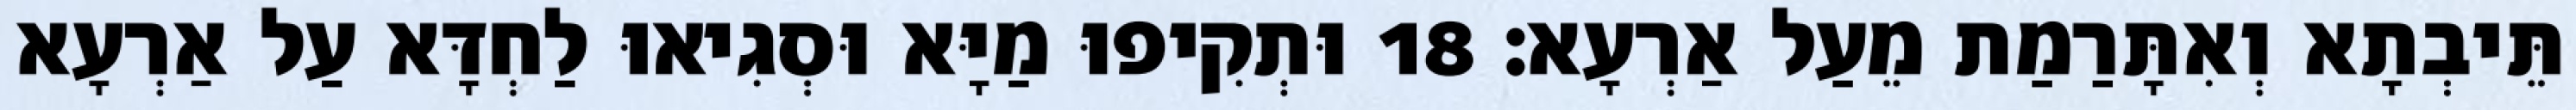
תֵּיבְתָא וְאִתָּרַמַת מֵעַל אַרְעָא׃ 18 וּתְקִיפוּ מַיָּא וּסְגִיאוּ לַחְדָּא עַל אַרְעָא